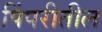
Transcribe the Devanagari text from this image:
पिंपरीतील